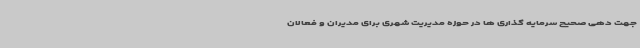
جهت دهی صحیح سرمایه گذاری ها در حوزه مدیریت شهری برای مدیران و فعالان